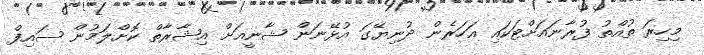
މިހިރަ ތުއްތު ފުރާނައަށްޓަކައި އަހަރެން ދުނިޔޭގަ އުޅޭނަން ޝާނީއަށް އިޝާރާތް ކޮށްލަމުން ސައިފް